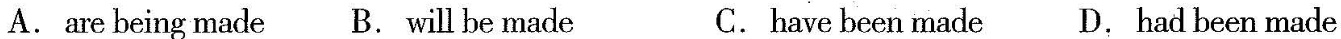
A.are being made B. Will be made C.have been made D. Had been made